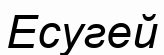
Есугей